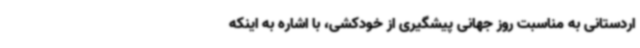
اردستانی به مناسبت روز جهانی پیشگیری از خودکشی، با اشاره به اینکه